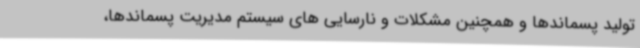
تولید پسماندها و همچنین مشکلات و نارسایی های سیستم مدیریت پسماندها،